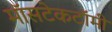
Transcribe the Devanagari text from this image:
मॉसटेकटॉमी